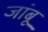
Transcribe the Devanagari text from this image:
जांबू